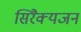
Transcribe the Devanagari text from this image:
सिरैक्यजन